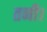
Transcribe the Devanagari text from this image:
तनी।